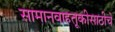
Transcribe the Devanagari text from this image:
सामानवाहतूकीसाठीचे